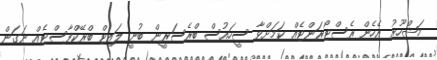
މަޝްހޫރު އެހެން ރެސްޓޯރަންޓެއް ކަމަށްވާ ސީހައުސް ބްރެސަރީން ބުނީ ލައިޓް ބްރޭކްފާސްޓެއް ނަގަން